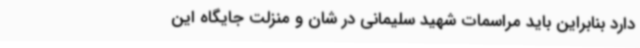
دارد بنابراین باید مراسمات شهید سلیمانی در شان و منزلت جایگاه این